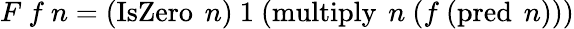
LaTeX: F\ f\ n=(\operatorname{IsZero}\ n)\ 1\ (\operatorname{multiply}\ n\ (f\ (\operatorname{pred}\ n)))